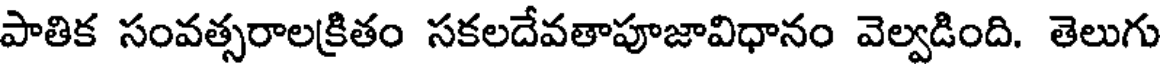
పాతిక సంవత్సరాలక్రితం సకలదేవతాపూజావిధానం వెల్వడింది. తెలుగు